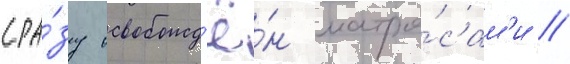
сра́зу освобожд'ё́н матро́сам'и //